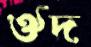
ঔদ